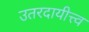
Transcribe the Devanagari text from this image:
उतरदायीत्त्व